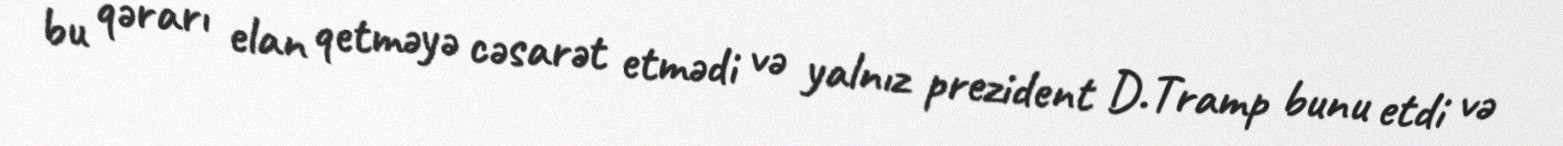
bu qərarı elan qetməyə cəsarət etmədi və yalnız prezident D.Tramp bunu etdi və